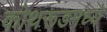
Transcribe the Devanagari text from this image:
कोथरूडमध्ये